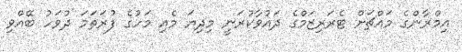
އިމްރާންގެ މައްޗަށް ޓެރަރިޒަމްގެ ދައުވާކުރަނީ މިދިޔަ މެއި މަހުގެ ފުރަތަމަ ދުވަހު ބޭއްވި